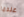
عندما